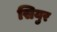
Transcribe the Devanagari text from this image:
सियुर